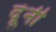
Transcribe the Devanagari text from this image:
दूंनी